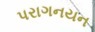
પરાગનયન